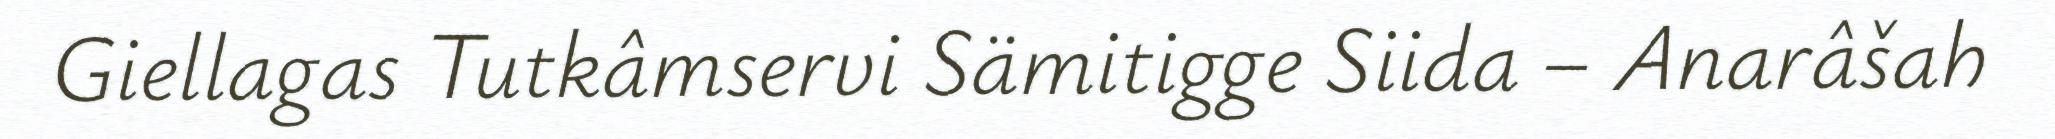
Giellagas Tutkâmservi Sämitigge Siida – Anarâšah